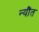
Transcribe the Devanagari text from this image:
न्यौंत